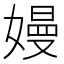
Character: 嫚